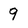
Character: 9